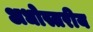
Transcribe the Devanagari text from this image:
अधोस्तरीय